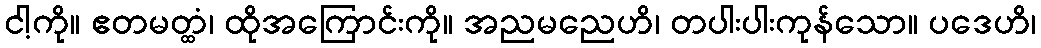
ငါ့ကို။ ဧတမတ္ထံ၊ ထိုအကြောင်းကို။ အညမညေဟိ၊ တပါးပါးကုန်သော။ ပဒေဟိ၊